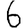
Digit: 6